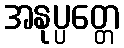
အနုပ္ပတ္တေ